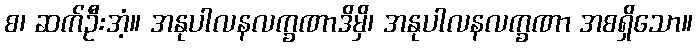
စ၊ ဆက်ဦးအံ့။ အနုပါလနလက္ခဏာဒိမှိ၊ အနုပါလနလက္ခဏာ အစရှိသော။